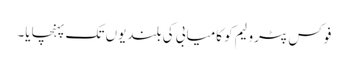
فوکس پٹرولیم کو کامیابی کی بلندیوں تک پہنچایا۔